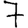
Digit: 7